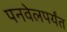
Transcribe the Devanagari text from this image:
पनवेलपर्यंत